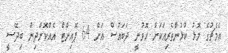
އެމެޗުގެ މޮޅު ކުޅުންތެރިއަކަށް ހޮވުނީ ދަބައުސް އަށް 64 ޕޮއިންޓް އެއްކޮށްދިން ބިދޭސީ